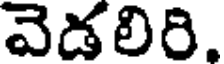
వెడలిరి.